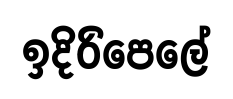
ඉදිරිපෙලේ